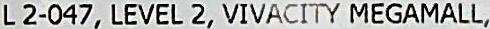
L 2-047,LEVEL 2, VIVACITY MEGAMALL,